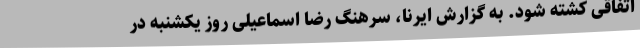
اتفاقی کشته شود. به گزارش ایرنا، سرهنگ رضا اسماعیلی روز یکشنبه در